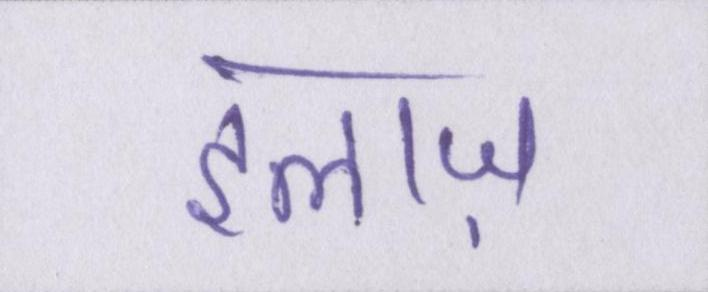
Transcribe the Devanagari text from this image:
इलाज़